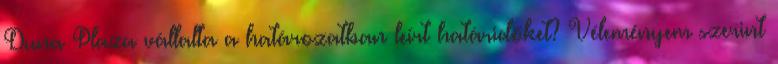
Duna Plaza vállalta a határozatban leírt határidőket? Véleményem szerint